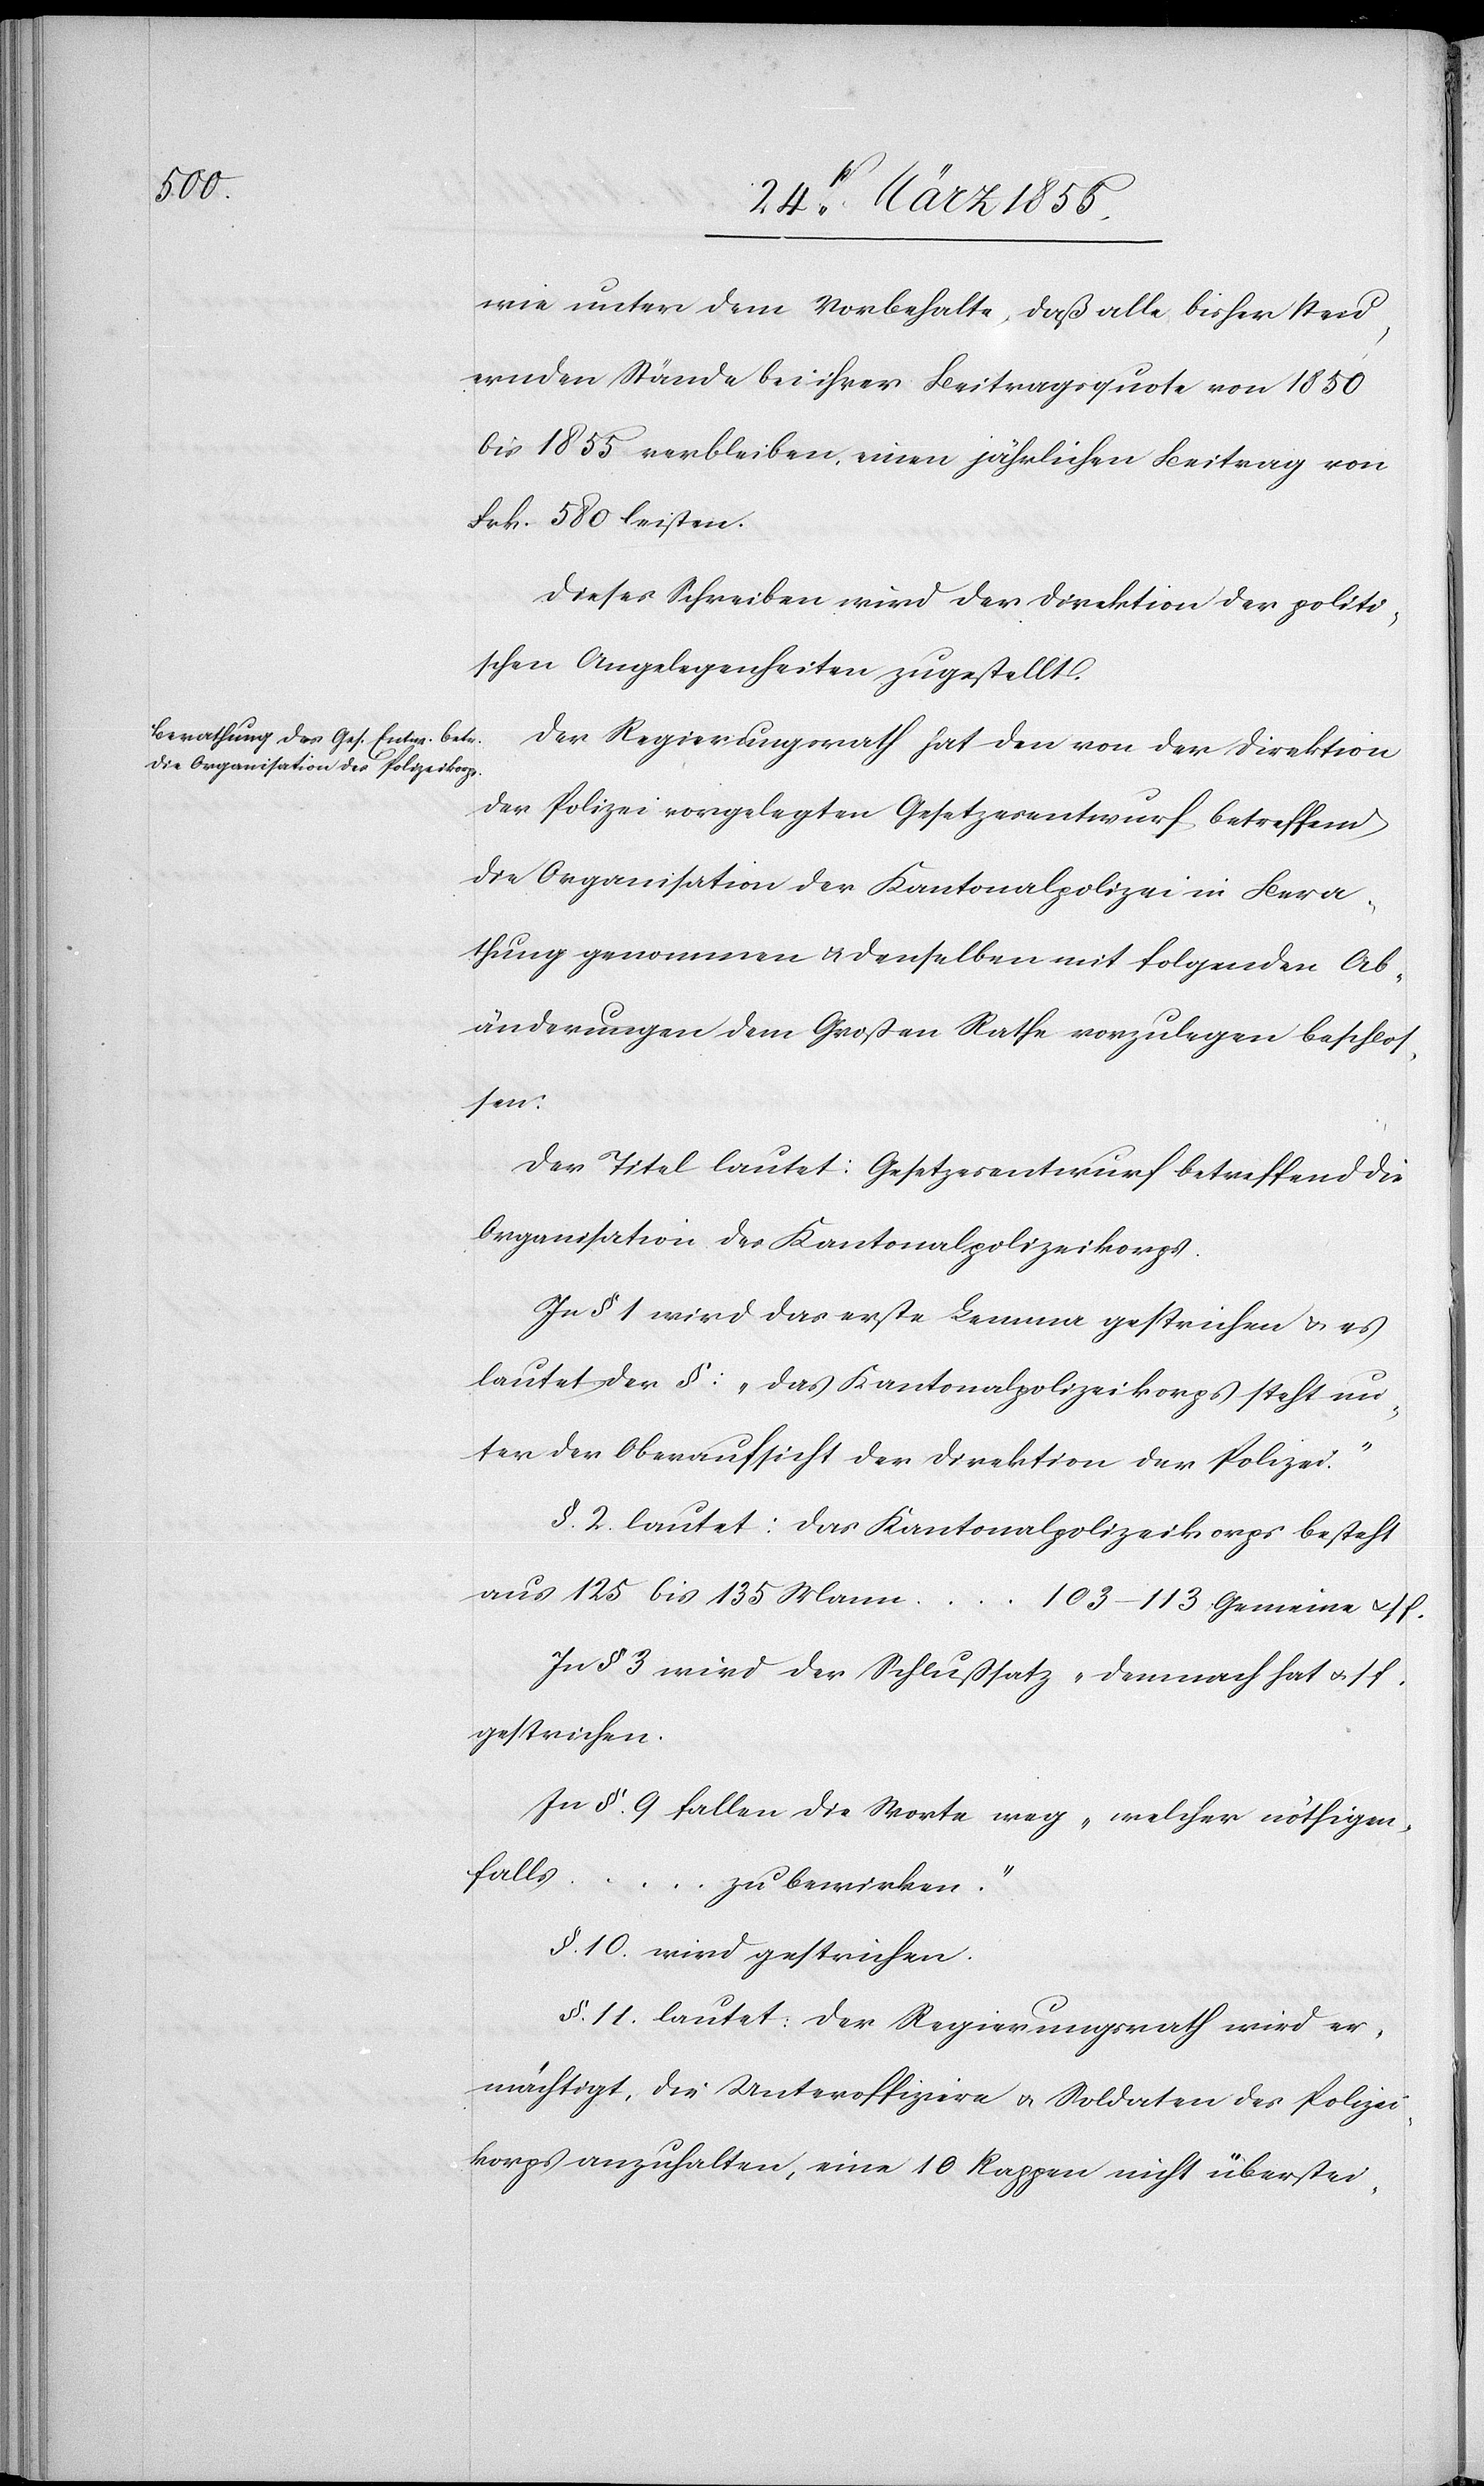
wie unter dem Vorbehalte, daß alle bisher steu¬
ernden Stände bei ihrer Beitragsquote von 1850
bis 1855 verbleiben, einen jährlichen Beitrag von
Frk. 580 leisten.
Dieses Schreiben wird der Direktion der politi¬
schen Angelegenheiten zugestellt.
Der Regierungsrath hat den von der Direktion
der Polizei vorgelegten Gesetzesentwurf betreffend
die Organisation der Kantonalpolizei in Bera¬
thung genommen & denselben mit folgenden Ab¬
änderungen dem Großen Rathe vorzulegen beschlos¬
sen:
Der Titel lautet: Gesetzesentwurf betreffend die
Organisation des Kantonalpolizeikorps.
In § 1 wird das erste Lemma gestrichen & es
lautet der §: „Das Kantonalpolizeikorps steht un¬
ter der Oberaufsicht der Direktion der Polizei.“
§. 2. lautet: Das Kantonalpolizeikorps besteht
aus 125 bis 135 Mann …
103–113 Gemeine & s. f.
In § 3 wird der Schlußsatz „Demnach hat & s.
gestrichen.
In §. 9 fallen die Worte weg „welcher nöthigen¬
falls … zu bewirken.“
§. 10. wird gestrichen.
§. 11. lautet: Der Regierungsrath wird er¬
mächtigt, die Unteroffiziere & Soldaten des Polizei¬
korps anzuhalten, eine 10 Rappen nicht überstei-